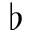
\flat